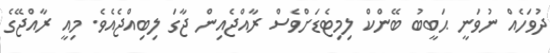
ދުވަހެއް ނުވަނީ ޙަބީބު ބޭންކް ލިމިޓެޑަށްވެސް ރާއްޖެއިން ޖާގަ ލިބިއްޖެއެވެ. މިއީ ރާއްޖޭގެ